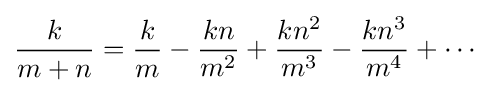
{\frac {k}{m+n{\vphantom {m^{2}}}}}={\frac {k}{m{\vphantom {m^{2}}}}}-{\frac {kn}{m^{2}}}+{\frac {kn^{2}}{m^{3}}}-{\frac {kn^{3}}{m^{4}}}+\cdots